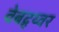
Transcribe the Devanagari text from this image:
वेबद्र्य्वर